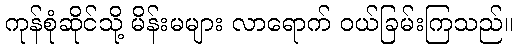
ကုန်စုံဆိုင်သို့ မိန်းမများ လာရောက် ဝယ်ခြမ်းကြသည်။